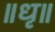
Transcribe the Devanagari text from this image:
॥धृ॥